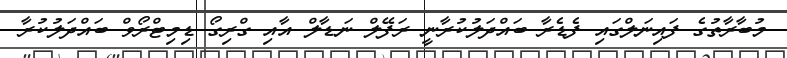
މުބާރާތުގެ ފައިނަލްގައި ފެޑެރާ ބައްދަލުކުރާނީ ރަފޭލް ނަޑާލް އާއި ގްރިގޯ ޑިމިޓްރޯވް ބައްދަލުކުރާ